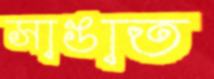
সাঙাত